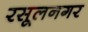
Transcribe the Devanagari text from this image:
रसूलनगर